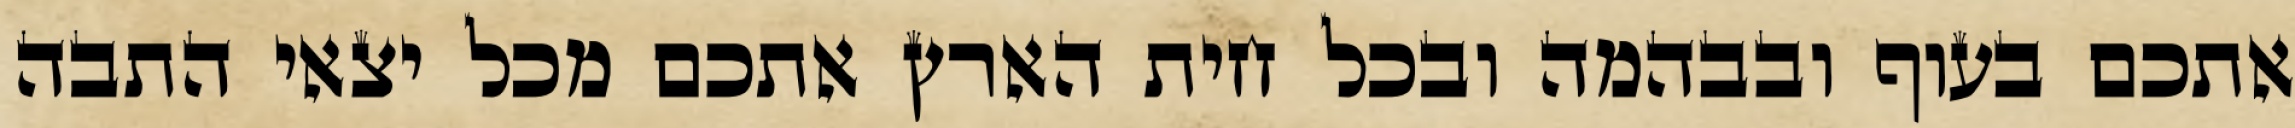
אתכם בעוף ובבהמה ובכל חית הארץ אתכם מכל יצאי התבה